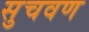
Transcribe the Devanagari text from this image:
सुचवण